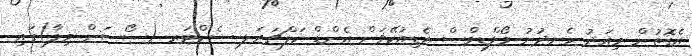
އެގޮތުން މިއަދު ހެނދުނު މޯލްޑިވްސް އެޑިިއުކޭޥަން އެންޑް ކަލްޗަރަލ ސެންޓަރ (ސޯސަން ވިލާ)ގައި